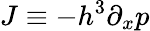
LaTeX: J\equiv-h^{3}\partial_{x}p